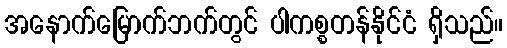
အနောက်မြောက်ဘက်တွင် ပါကစ္စတန်နိုင်ငံ ရှိသည်။